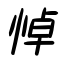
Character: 悼